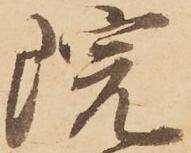
院